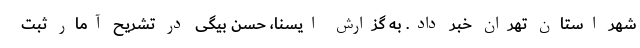
شهر استان تهران خبر داد. به گزارش ایسنا، حسن بیگی در تشریح آمار ثبت